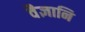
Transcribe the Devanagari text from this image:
वैज्ञानि